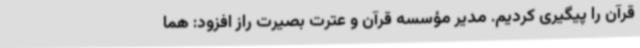
قرآن را پیگیری کردیم. مدیر مؤسسه قرآن و عترت بصیرت راز افزود: هما